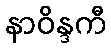
နာဝိန္ဒကီ